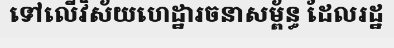
ទៅលើវិស័យហេដ្ឋារចនាសម្ព័ន្ធ ដែលរដ្ឋ